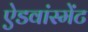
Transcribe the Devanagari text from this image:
ऐडवांस्मेंट